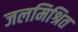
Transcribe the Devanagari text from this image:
जलमिश्रित